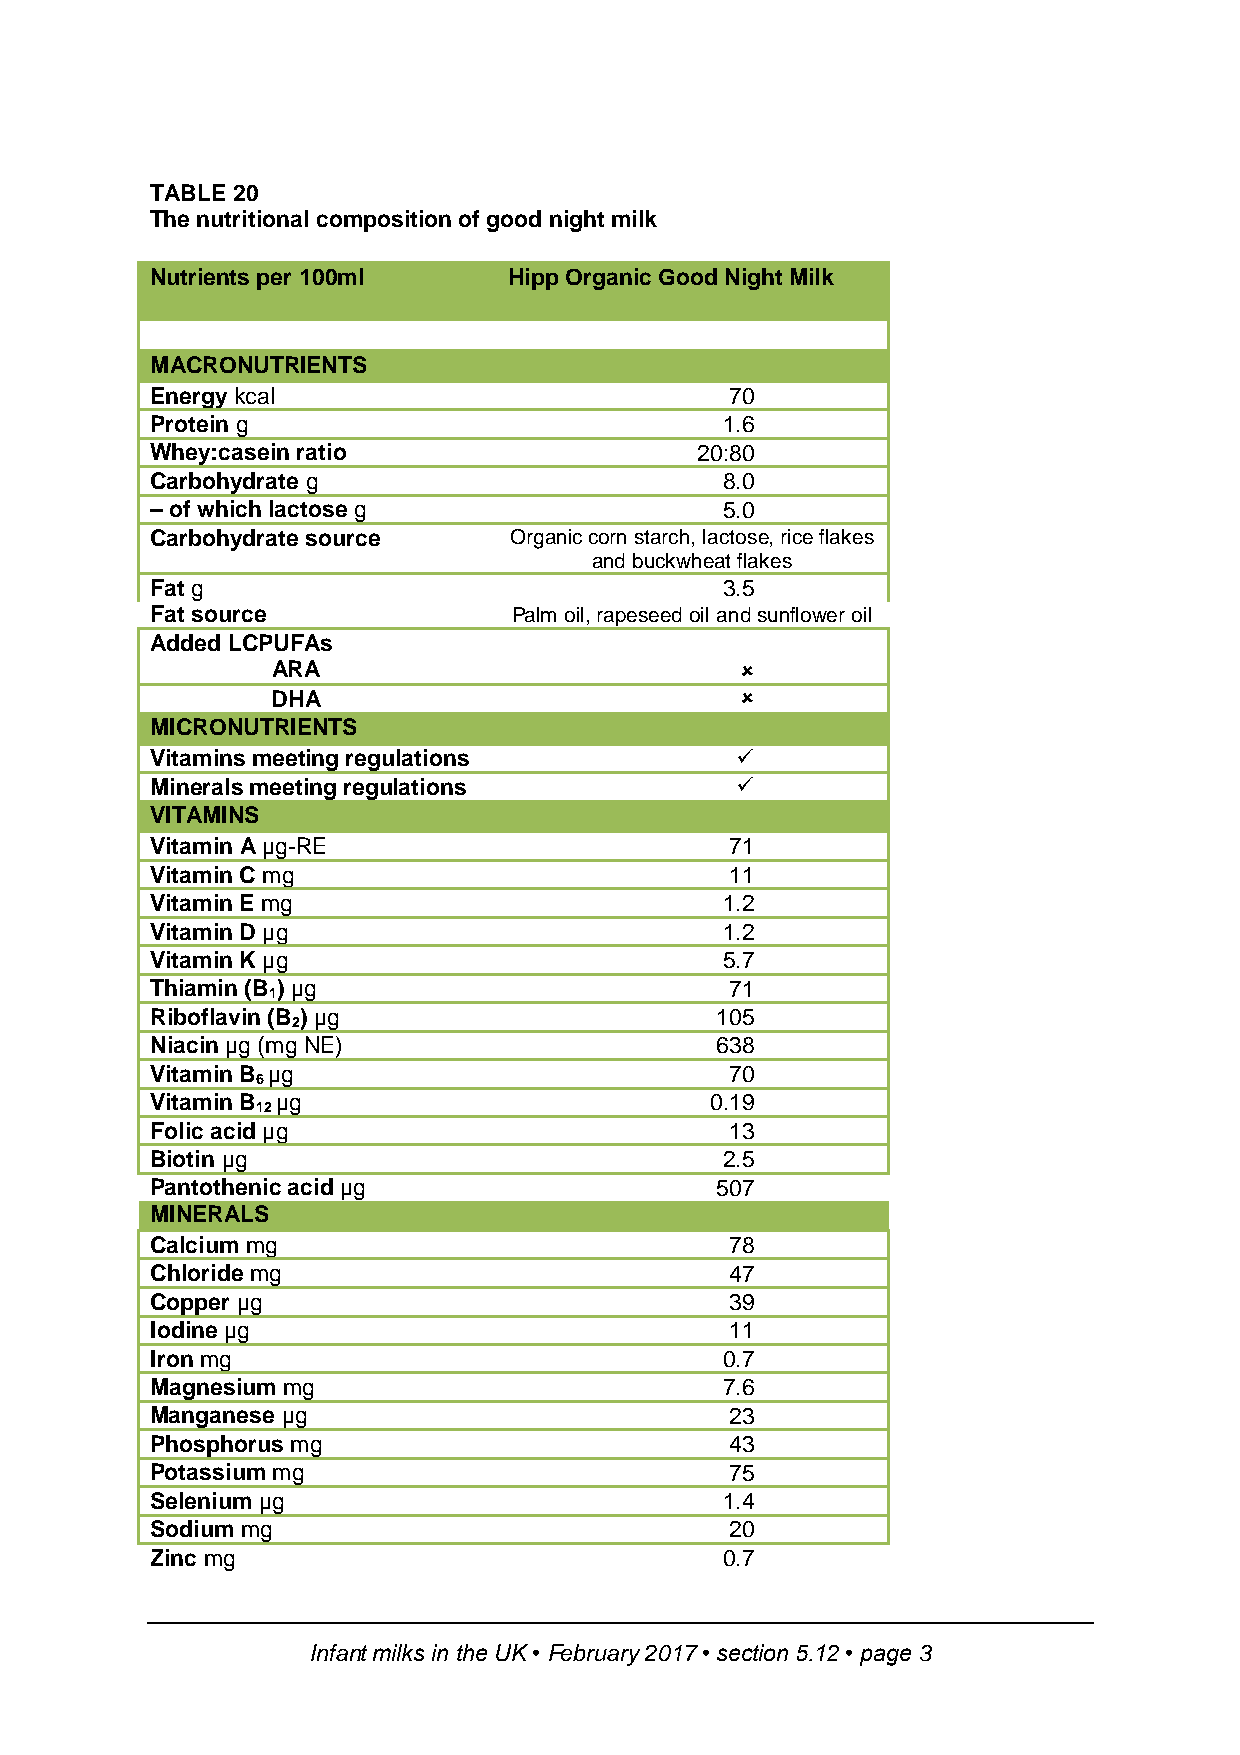
TABLE 20
 The nutritional composition of good night milk
 Nutrients per 100ml     Hipp Organic Good Night Milk
 MACRONUTRIENTS
 Energy kcal                           70
 Protein g                             1.6
 Whey:casein ratio                   20:80
 Carbohydrate g                        8.0
 – of which lactose g                  5.0
 Carbohydrate source     Organic corn starch, lactose, rice flakes
 and buckwheat flakes
 Fat g                                 3.5
 Fat source              Palm oil, rapeseed oil and sunflower oil
 Added LCPUFAs
 ARA                            
 DHA                            
 MICRONUTRIENTS
 Vitamins meeting regulations           
 Minerals meeting regulations           
 VITAMINS
 Vitamin A µg-RE                       71
 Vitamin C mg                          11
 Vitamin E mg                          1.2
 Vitamin D µg                          1.2
 Vitamin K µg                          5.7
 Thiamin (B ) µg                       71
 1
 Riboflavin (B ) µg                   105
 2
 Niacin µg (mg NE)                    638
 Vitamin B µg                          70
 6
 Vitamin B µg                         0.19
 12
 Folic acid µg                         13
 Biotin µg                             2.5
 Pantothenic acid µg                  507
 MINERALS
 Calcium mg                            78
 Chloride mg                           47
 Copper µg                             39
 Iodine µg                             11
 Iron mg                               0.7
 Magnesium mg                          7.6
 Manganese µg                          23
 Phosphorus mg                         43
 Potassium mg                          75
 Selenium µg                           1.4
 Sodium mg                             20
 Zinc mg                               0.7
 Infant milks in the UK • February 2017 • section 5.12 • page 3